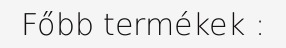
Főbb termékek :